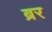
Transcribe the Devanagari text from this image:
ब्रर